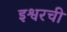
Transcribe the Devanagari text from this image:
इश्वरची